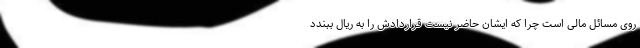
روی مسائل مالی است چرا که ایشان حاضر نیست قراردادش را به ریال ببندد